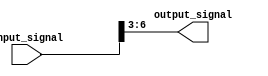
module part_select_assign (
    input [7:0] input_signal,
    output [3:0] output_signal
);

assign output_signal = input_signal[6:3]; // Assigning bits 6 to 3 of input_signal to output_signal

endmodule